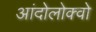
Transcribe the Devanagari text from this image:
आंदोलोक्वो